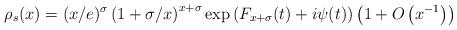
LaTeX: \begin{align*}\rho_s(x) = (x/e)^{\sigma} \left( 1 + \sigma/x \right)^{x + \sigma} \exp \left(F_{x+\sigma}(t) + i \psi(t) \right) \left( 1 + O\left(x^{-1} \right) \right)\end{align*}